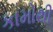
કામોથી